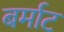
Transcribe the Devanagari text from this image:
बर्माट